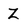
Character: Z